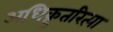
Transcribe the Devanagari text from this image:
अधिक्रुतरित्या